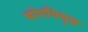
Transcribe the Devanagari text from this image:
भोगविमुक्त